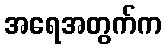
အရေအတွက်က